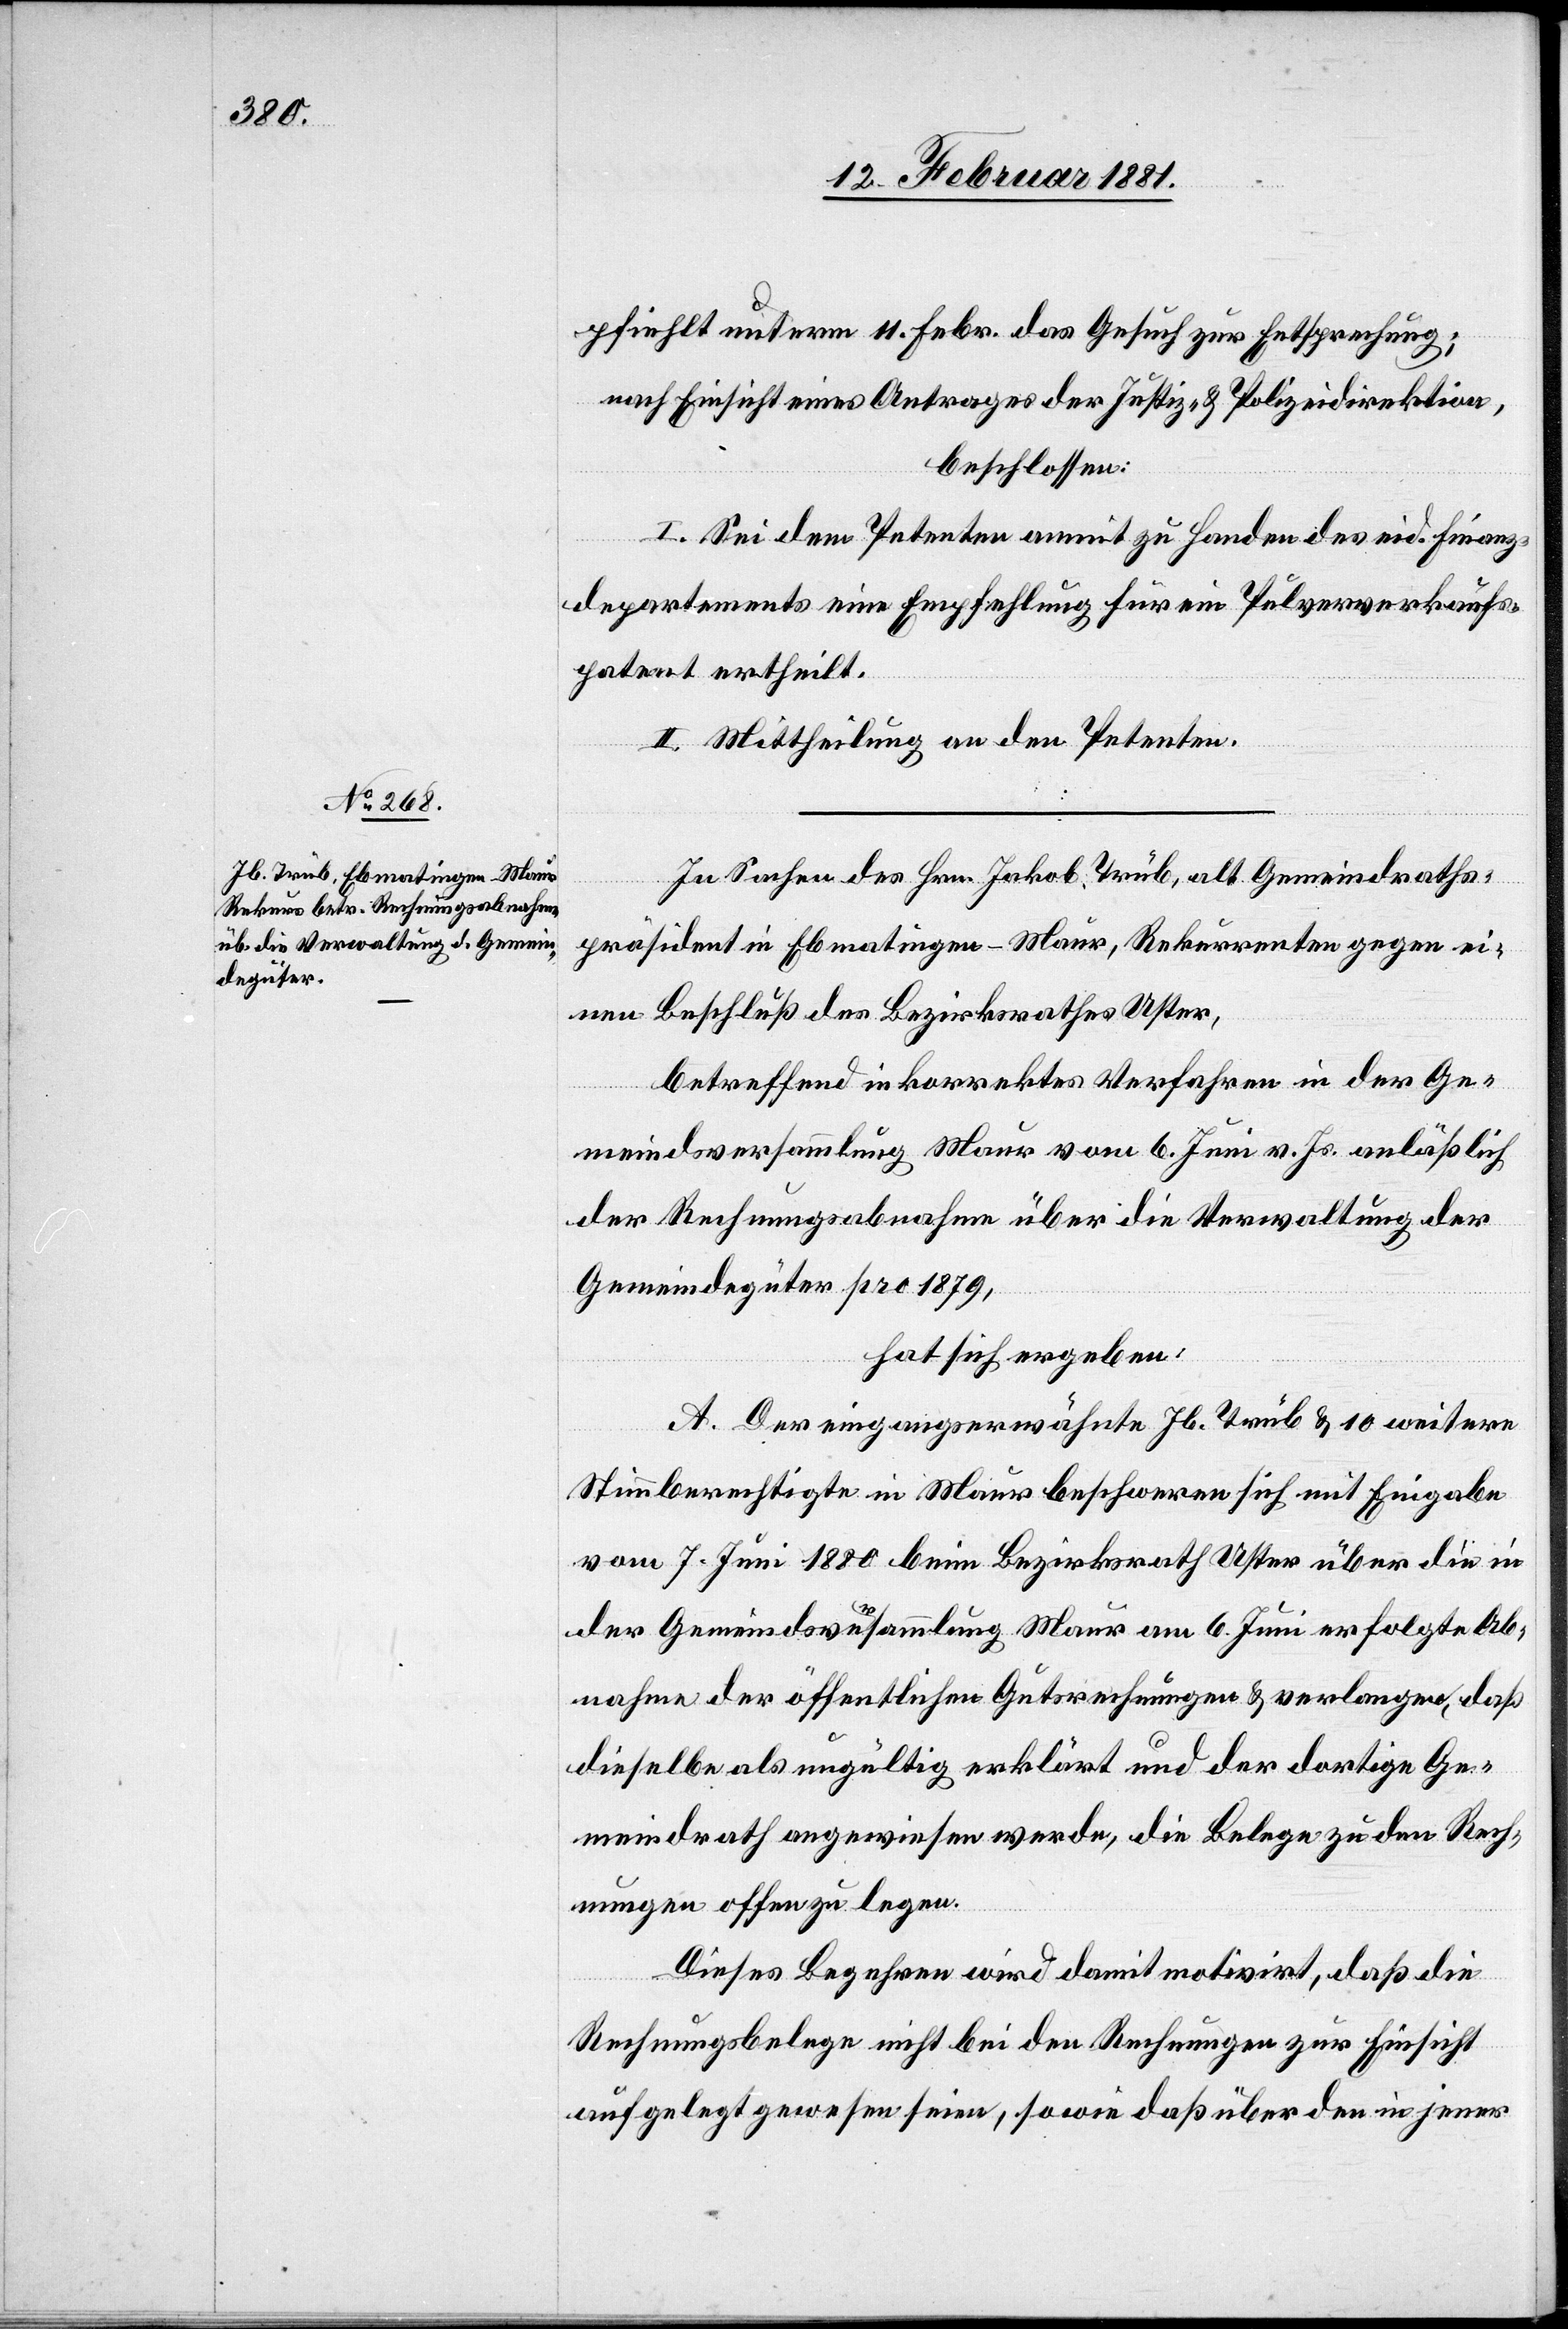
pfiehlt unterm 11. Febr. das Gesuch zur Entsprechung;
nach Einsicht eines Antrages der Justiz- & Polizeidirektion,
beschlossen:
I. Sei dem Petenten anmit zu Handen des eid. Finanz¬
departementes eine Empfehlung für ein Pulververkaufs¬
patent ertheilt.
II. Mittheilung an den Petenten.
In Sachen des Hrn. Jakob Trüb, alt Gemeindraths¬
präsident in Ebmatingen - Maur, Rekurrenten gegen ei¬
nen Beschluß des Bezirksrathes Uster,
betreffend inkorrektes Verfahren in der Ge¬
meindsversammlung Maur vom 6. Juni v. Js. anläßlich
der Rechnungsabnahme über die Verwaltung der
Gemeindegüter pro 1879,
hat sich ergeben:
A. Der eingangserwähnte Jb. Trüb & 10 weitere
Stimmberechtigte in Maur beschweren sich mit Eingabe
vom 7. Juni 1880 beim Bezirksrath Uster über die in
der Gemeindsversammlung Maur am 6. Juni erfolgte Ab¬
nahme der öffentlichen Gutsrechnungen & verlangen, daß
dieselbe als ungültig erklärt und der dortige Ge¬
meindrath angewiesen werde, die Belege zu den Rech¬
nungen offen zu legen.
Dieses Begehren wird damit motivirt, daß die
Rechnungsbelege nicht bei den Rechnungen zu Einsicht
aufgelegt gewesen seien, sowie daß über den in jener